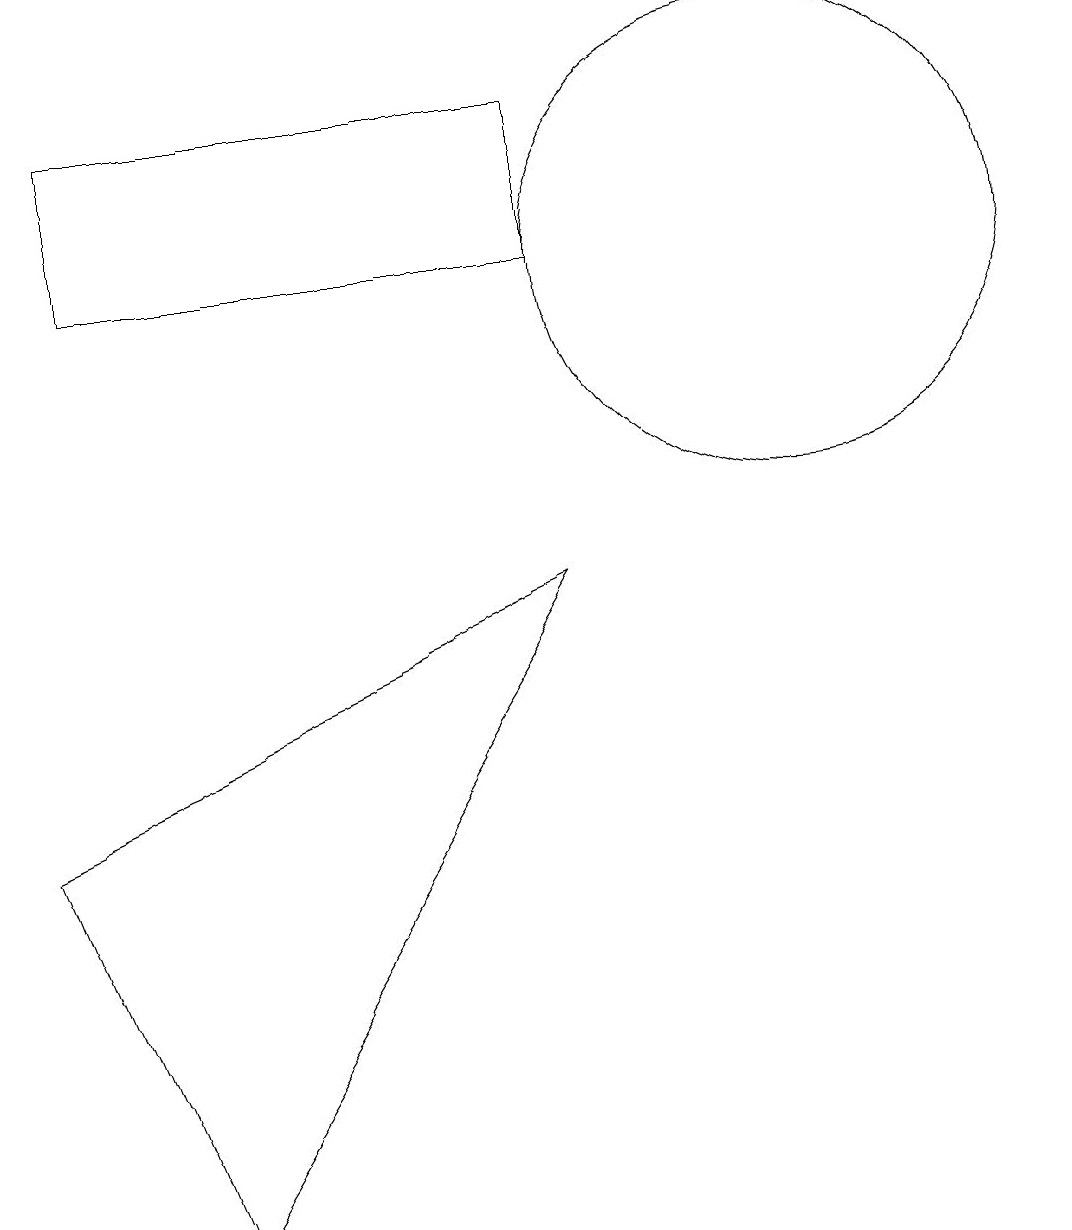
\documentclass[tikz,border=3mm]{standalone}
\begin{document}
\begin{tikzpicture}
\draw (8,8) -- (3,0) -- (1,5) -- cycle;
\draw (8,12) rectangle (2,14);
\draw (11,12) circle (3);
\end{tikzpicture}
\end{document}